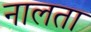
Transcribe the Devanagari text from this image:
नालता